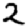
Digit: 2